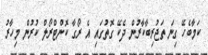
ކަމާބެހޭ ގިނަ ތަޖުރިބާކާރުން ދެކޭ ގޮތުގައި އެ ރޯގާ ކޮންޓްރޯލް ކުރުން މިހާރު